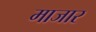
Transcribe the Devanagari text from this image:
माजार